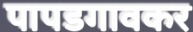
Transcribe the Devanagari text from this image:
पापडगावकर